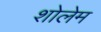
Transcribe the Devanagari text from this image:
शोलेम